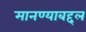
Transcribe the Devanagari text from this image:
मानण्याबद्दल